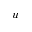
\boldsymbol { u }